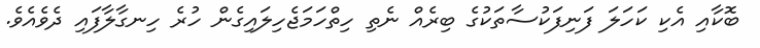
ބޮކާއި އެކި ކަހަލަ ފަނިފަކުސާތަކުގެ ބިރެއް ނެތި ހިތްހަމަޖެހިލައިގެން ހުރެ ހިނގާލާފައި ދެވެއެވެ.